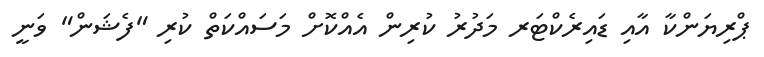
ޕްރިޔަންކާ އާއި ޑައިރެކްޓަރ މަދުރު ކުރިން އެއްކޮށް މަސައްކަތް ކުރި "ފެޝަން" ވަނީ